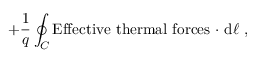
+ { \frac { 1 } { q } } \oint _ { C } \mathrm { E f f e c t i v e \ t h e r m a l \ f o r c e s \ \cdot } \ \mathrm { d } { \boldsymbol { \ell } } \ ,